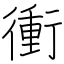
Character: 衝